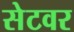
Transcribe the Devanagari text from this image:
सेटवर